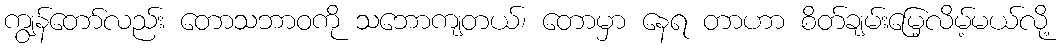
ကျွန်တော်လည်း တောသဘာဝကို သဘောကျတယ်၊ တောမှာ နေရ တာဟာ စိတ်ချမ်းမြေ့လိမ့်မယ်လို့